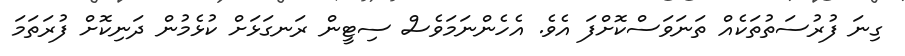
ގިނަ ފުރުސަތުތަކެއް ތަނަވަސްކޮށްފަ އެވެ. އެހެންނަމަވެސް ސިޓީން ރަނގަޅަށް ކުޅެމުން ދަނިކޮށް ފުރަތަމަ